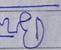
Signature authenticity: forged